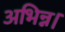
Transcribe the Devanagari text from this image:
अभिन्न।